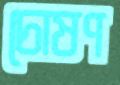
চোষণ